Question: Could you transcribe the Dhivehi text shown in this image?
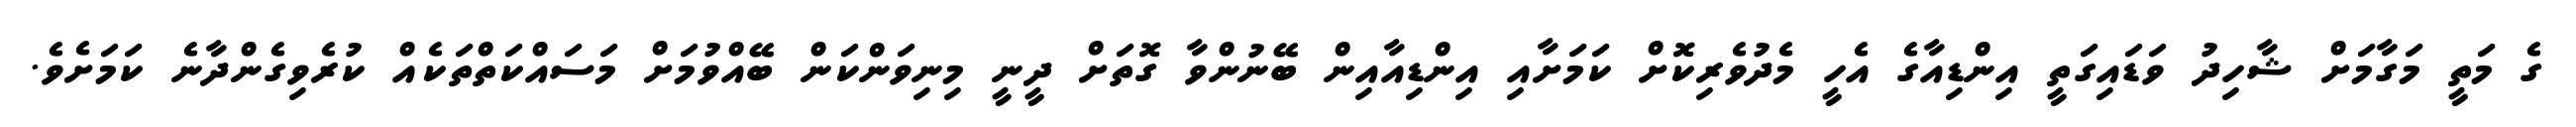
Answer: ގެ މަތީ މަގާމަށް ޝާހިދު ވަޑައިގަތީ އިންޑިއާގެ އެހީ މެދުވެރިކޮށް ކަމަށާއި އިންޑިއާއިން ބޭނުންވާ ގޮތަށް ދީނީ މިނިވަންކަން ބޭއްވުމަށް މަސައްކަތްތަކެއް ކުރެވިގެންދާނެ ކަމަށެވެ.